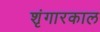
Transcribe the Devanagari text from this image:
शृंगारकाल